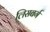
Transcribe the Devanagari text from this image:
लिसबर्ग